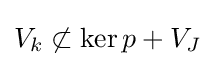
V_{k}\not \subset \operatorname {ker} p+V_{J}